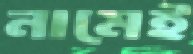
নামেই